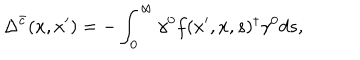
\Delta ^ { \bar { c } } ( x , x ^ { \prime } ) = - \int _ { 0 } ^ { \infty } \gamma ^ { 0 } f ( x ^ { \prime } , x , s ) ^ { \dagger } \gamma ^ { 0 } d s ,